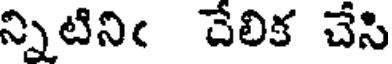
న్నిటినిఁ చేలిక చేసి